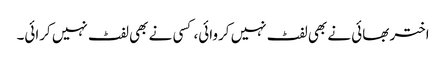
اختر بھائی نے بھی لفٹ نہیں کروائی، کسی نے بھی لفٹ نہیں کرائی۔